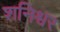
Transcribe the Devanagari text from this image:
शनिश्वर